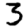
Digit: 3